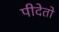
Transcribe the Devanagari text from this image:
पीदेतो